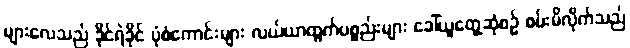
များလေသည် ခိုင်ရဲခိုင် ပုံစံကောင်းများ လယ်ယာထွက်ပစ္စည်းများ ခေါ်ယူတွေ့ဆုံစဉ် စမ်းမိလိုက်သည်